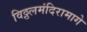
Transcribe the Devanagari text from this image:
विठ्ठलमंदिरामागे